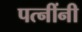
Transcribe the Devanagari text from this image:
पत्नींनी